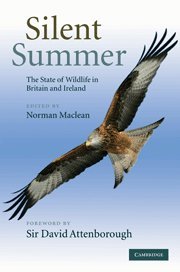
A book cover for Silent Summer: The State of Wildlife in Britain and Ireland; Science & Math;